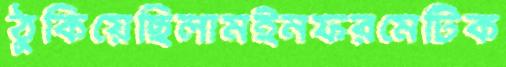
ঠুকিয়েছিলামইনফরমেটিক